Civil Veterinary Department. Madras. Admin. report 1926-33 - 1926-1933
Year: 1926
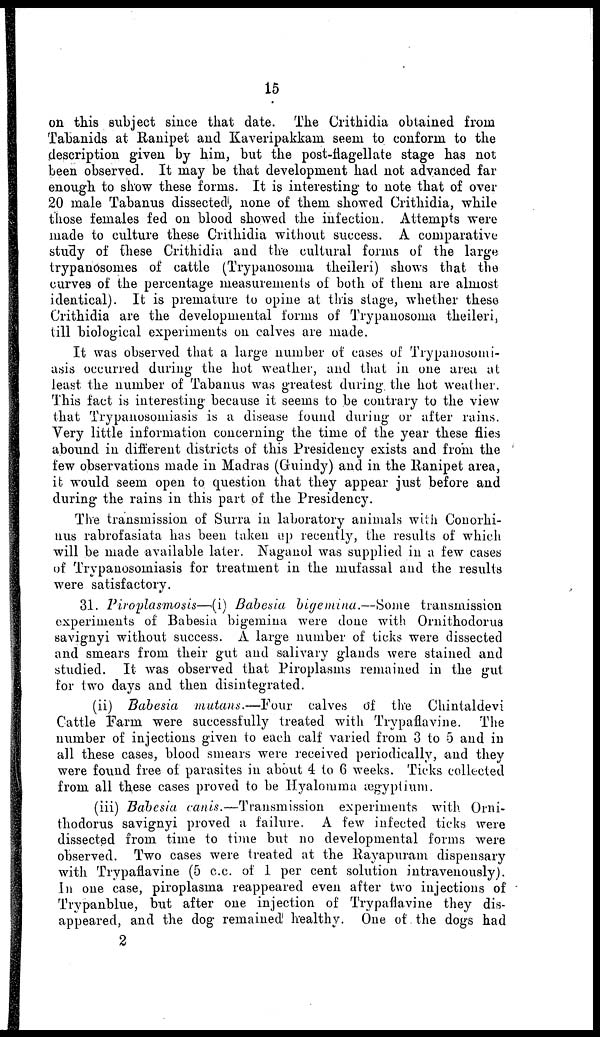
15
on this subject since that date. The Crithidia obtained from
Tabanids at Ranipet and Kaveripakkam seem to conform to the
description given by him, but the post-flagellate stage has not
been observed. It may be that development had not advanced far
enough to show these forms. It is interesting to note that of over
20 male Tabanus dissected, none of them showed Crithidia, while
those females fed on blood showed the infection. Attempts were
made to culture these Crithidia without success. A comparative
study of these Crithidia and the cultural forms of the large
trypanosomes of cattle (Trypanosoma theileri) shows that the
curves of the percentage measurements of both of them are almost
identical). It is premature to opine at this stage, whether these
Crithidia are the developmental forms of Trypanosoma theileri,
till biological experiments on calves are made.
It was observed that a large number of cases of Trypanosomi-
asis occurred during the hot weather, and that in one area at
least the number of Tabanus was greatest during the hot weather.
This fact is interesting because it seems to be contrary to the view
that Trypanosomiasis is a disease found during or after rains.
Very little information concerning the time of the year these flies
abound in different districts of this Presidency exists and from the
few observations made in Madras (Guindy) and in the Ranipet area,
it would seem open to question that they appear just before and
during the rains in this part of the Presidency.
The transmission of Surra in laboratory animals with Conorhi-
nus rabrofasiata has been taken up recently, the results of which
will be made available later. Naganol was supplied in a few cases
of Trypanosomiasis for treatment in the mufassal and the results
were satisfactory.
31. Piroplasmosis—(i) Babesia bigemina.—Some
transmission
experiments of Babesia bigemina were done with Ornithodorus
savignyi without success. A large number of ticks were dissected
and smears from their gut and salivary glands were stained and
studied. It was observed that Piroplasms remained in the gut
for two days and then disintegrated.
(ii) Babesia
mutans.—Four
calves of the Chintaldevi
Cattle Farm were successfully treated with Trypaflavine.
The
number of injections given to each calf varied from 3 to 5 and in
all these cases, blood smears were received periodically, and they
were found free of parasites in about 4 to 6 weeks. Ticks collected
from all these cases proved to be Hyalomma ægyptium.
(iii) Babesia canis.—Transmission
experiments with Orni-
thodorus savignyi proved a failure. A few infected ticks were
dissected from time to time but no developmental forms were
observed. Two cases were treated at the Rayapuram dispensary
with Trypaflavine (5 c.c. of 1 per cent solution intravenously).
In one case, piroplasma reappeared even after two injections of
Trypanblue, but after one injection of Trypaflavine they dis-
appeared, and the dog remained healthy. One of the dogs had
2